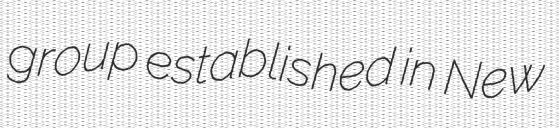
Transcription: group established in New